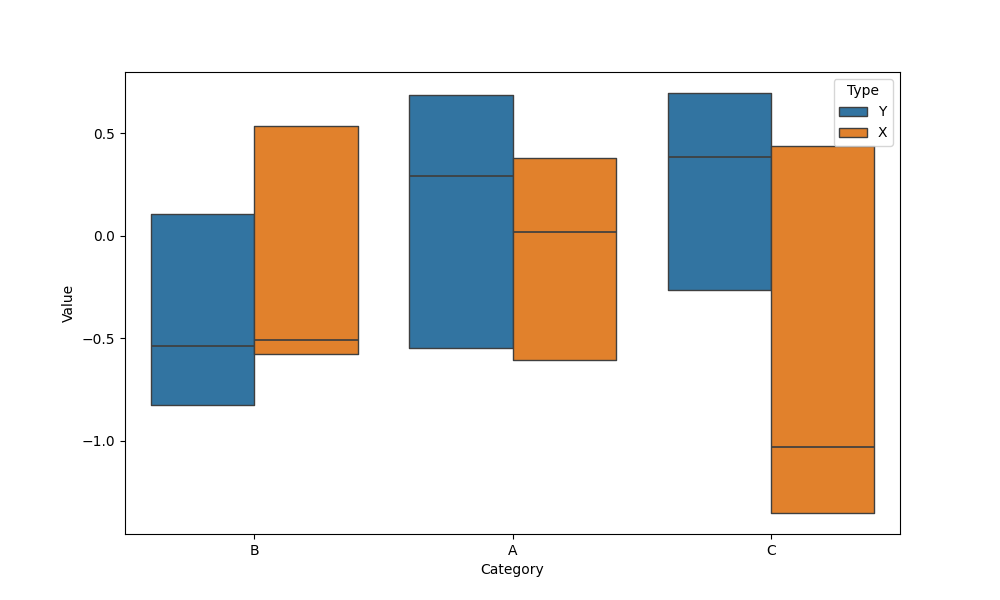
python, seaborn, boxenplot, k_depth='tukey', linewidth=1, scale='exponential', outlier_prop=0.1, showfliers=False